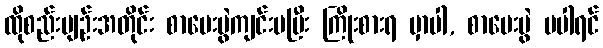
ထိုစည်းမျဉ်းအတိုင်း စာမေးပွဲကျင်းပပြီး ကြိုးစားရ မှာပါ, စာမေးပွဲ မပါရင်